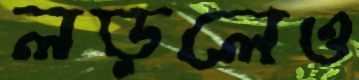
লড়লেও